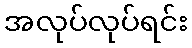
အလုပ်လုပ်ရင်း